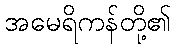
အမေရိကန်တို့၏